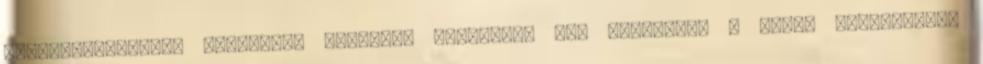
megengedhetetlen közösségi lapokon. Részemről nem támogatom a blokk feloldását,